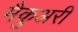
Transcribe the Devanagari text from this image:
मैकुअरी